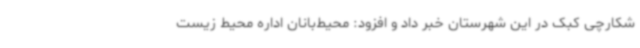
شکارچی کبک در این شهرستان خبر داد و افزود: محیط‌بانان اداره محیط زیست